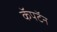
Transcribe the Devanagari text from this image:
कॅपटॅन